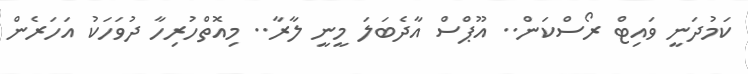
ކަމުދަނީ ވައިޓް ރޯސްކަން.. އޫޕްސް އާދެބަލަ މީނީ ލާރާ.. މިއޮތްހުރިހާ ދުވަހަކު އަހަރެން